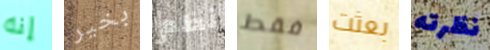
إنه بخير نظم فقط بعثت نظرته